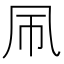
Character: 𫥞